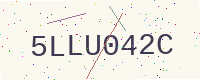
Text: 5LLU042C